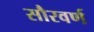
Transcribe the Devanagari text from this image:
सौरवर्ण